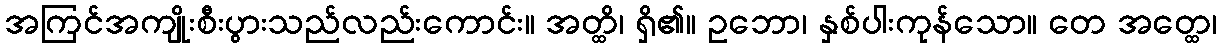
အကြင်အကျိုးစီးပွားသည်လည်းကောင်း။ အတ္ထိ၊ ရှိ၏။ ဥဘော၊ နှစ်ပါးကုန်သော။ တေ အတ္ထေ၊